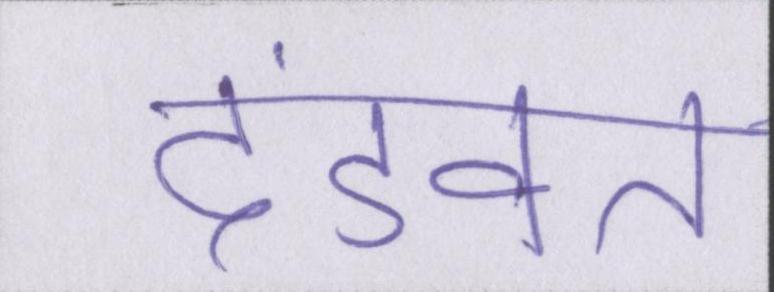
दंडवत